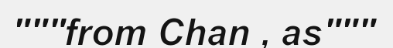
"""from Chan , as"""